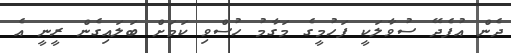
ދެން އުފެދޭ ސުވާލަކީ ފަހުމީގެ މަގާމު ހުސްވި ކަމަށް ބަލައިގެން ރީނީ އެ